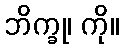
ဘိက္ခု၊ ကို။